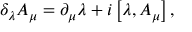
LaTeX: \delta _ { \lambda } { A } _ { \mu } = \partial _ { \mu } { \lambda } + i \left[ \lambda , { A } _ { \mu } \right] ,